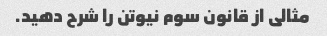
مثالی از قانون سوم نیوتن را شرح دهید.